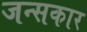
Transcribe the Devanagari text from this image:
जन्सकार